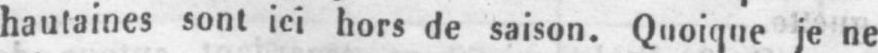
hautaines sont ici hors de saison. Quoique je ne